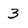
Character: 3